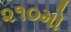
૨૧૦મો